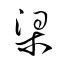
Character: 梁